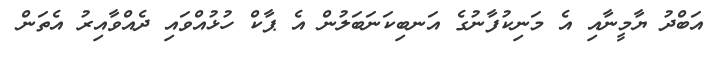
އަބްދު ޔާމީނާއި އެ މަނިކުފާނުގެ އަނބިކަނަބަލުން އެ ޕާކް ހުޅުއްވައި ދެއްވާއިރު އެތަން